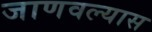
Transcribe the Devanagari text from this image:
जाणवल्यास